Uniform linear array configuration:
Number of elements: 12
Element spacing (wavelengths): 1
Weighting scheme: uniform
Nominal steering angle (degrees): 0
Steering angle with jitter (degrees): -0.6327
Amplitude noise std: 0.05
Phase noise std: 0.05

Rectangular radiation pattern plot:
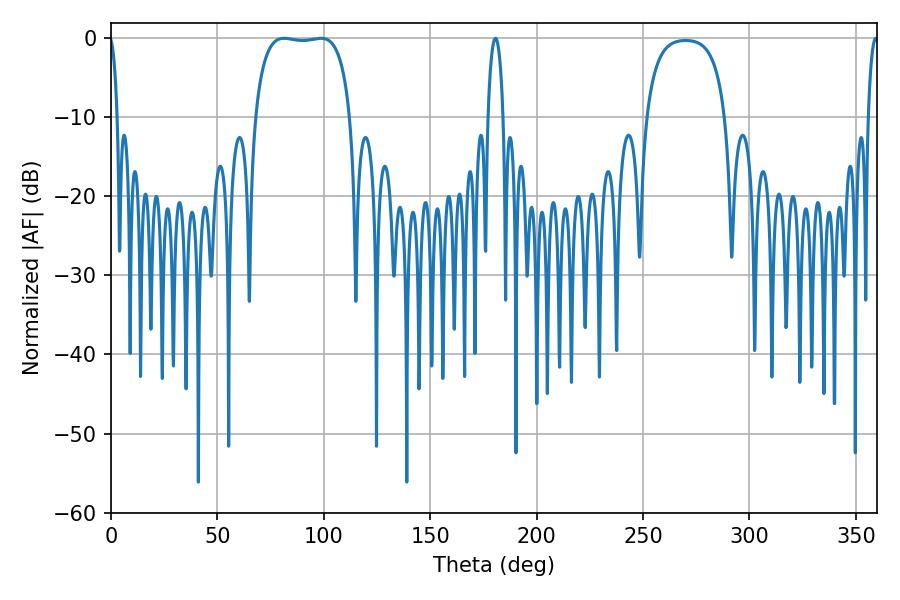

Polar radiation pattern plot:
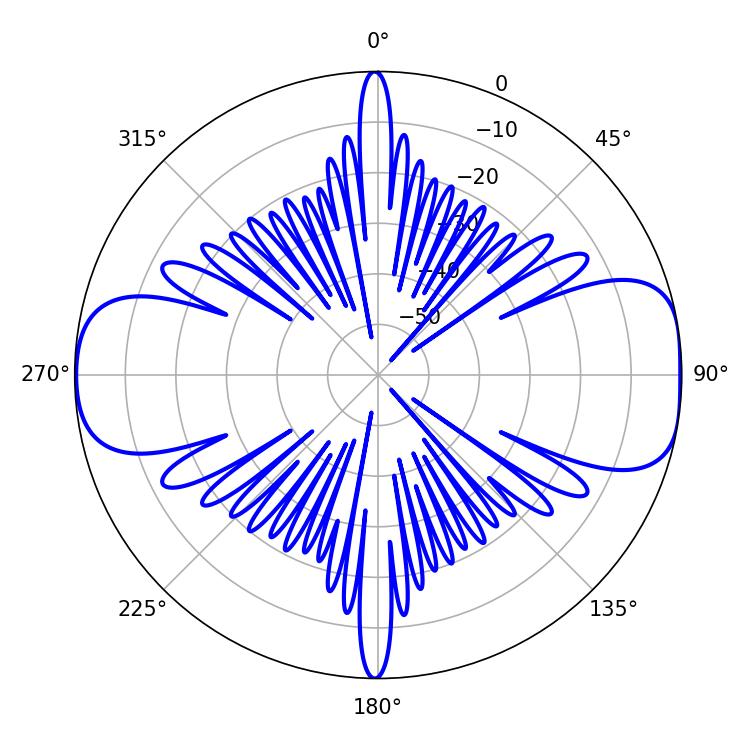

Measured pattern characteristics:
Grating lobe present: TRUE
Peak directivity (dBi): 10.554
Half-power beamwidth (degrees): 35.64
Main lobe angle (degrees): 81.36